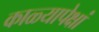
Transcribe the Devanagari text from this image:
काळ्यापेक्षां